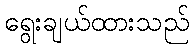
ရွေးချယ်ထားသည်